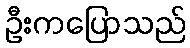
ဦးကပြောသည်